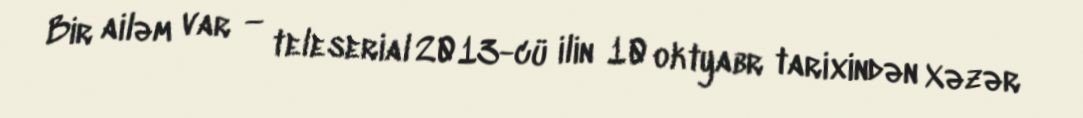
Bir ailəm var — teleserial 2013-cü ilin 10 oktyabr tarixindən Xəzər